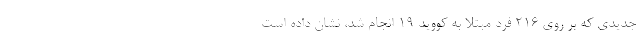
جدیدی که بر روی ۲۱۶ فرد مبتلا به کووید ۱۹ انجام شد، نشان داده است